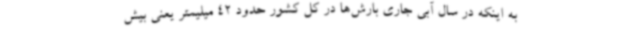
به اینکه در سال آبی جاری بارش‌ها در کل کشور حدود 42 میلیمتر یعنی بیش